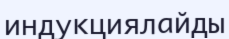
индукциялайды